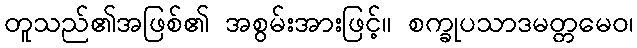
တူသည်၏အဖြစ်၏ အစွမ်းအားဖြင့်။ စက္ခုပသာဒမတ္တမေဝ၊